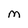
Character: M